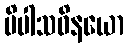
ပိပါသဝိနယော